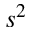
s ^ { 2 }